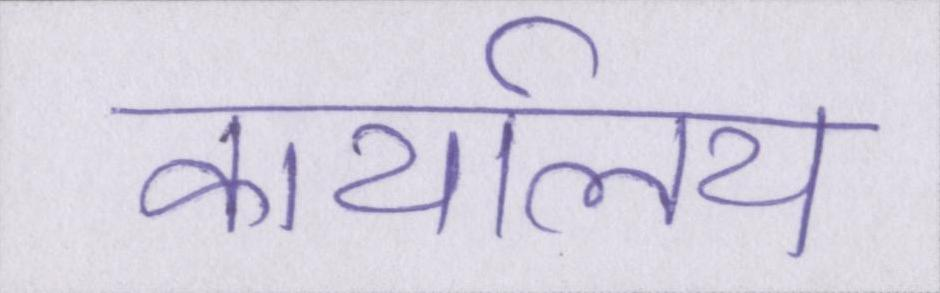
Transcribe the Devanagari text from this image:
कार्यालय